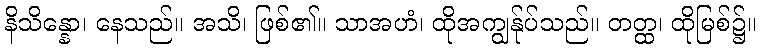
နိသိန္နော၊ နေသည်။ အသိ၊ ဖြစ်၏။ သာအဟံ၊ ထိုအကျွန်ုပ်သည်။ တတ္ထ၊ ထိုမြစ်၌။